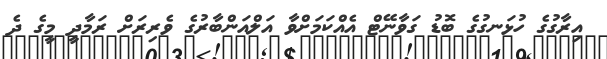
އިރާގުގެ ހުޅަނގުގެ ބޮޑު ގަވާނޭޓް އެއްކަމަށްވާ އަލްއަންބާރުގެ ވެރިރަށް ރަމާދީ މީގެ ދެ